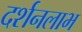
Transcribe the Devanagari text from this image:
दर्शनलाभ